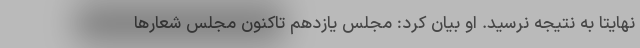
نهایتا به نتیجه نرسید. او بیان کرد: مجلس یازدهم تاکنون مجلس شعارها